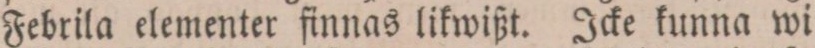
Febrila elementer finnas likwißt. Icke kunna wi